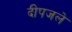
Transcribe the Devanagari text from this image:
दीपजले